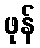
ဖုန်